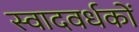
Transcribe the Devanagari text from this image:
स्वादवर्धकों